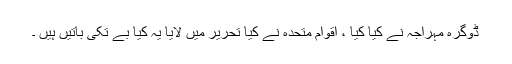
ڈوگرہ مہراجہ نے کیا کیا ، اقوام متحدہ نے کیا تحریر میں لایا یہ کیا بے تکی باتیں ہیں ۔